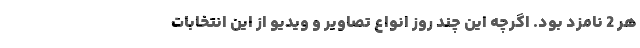
هر 2 نامزد بود. اگرچه این چند روز انواع تصاویر و ویدیو از این انتخابات